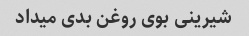
شیرینی بوی روغن بدی میداد